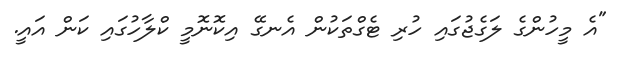
"އެ މީހުންގެ ލަގެޖުގައި ހުރި ޓެގްތަކުން އެނގޭ އިކޮނޮމީ ކްލާހުގައި ކަން އައީ.